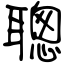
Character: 聰